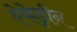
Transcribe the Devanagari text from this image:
ऐफेड्रीन